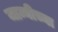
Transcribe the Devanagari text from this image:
जाम्नीच्या